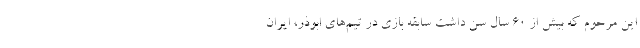
این مرحوم که بیش از ۶۰ سال سن داشت سابقه بازی در تیم‌های ابوذر، ایران